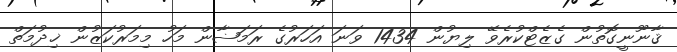
ޤާނޫނީގޮތުން ގެޒެޓްކުރެވޭ ލިޔުން 1434 ވަނަ އަހަރުގެ ރަމަޟާން މަހު މިމަރުކަޒުން ޚިދުމަތް